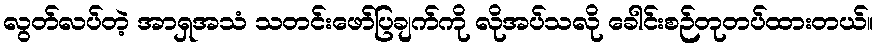
လွတ်လပ်တဲ့ အာရှအသံ သတင်းဖော်ပြချက်ကို လိုအပ်သလို ခေါင်းစဉ်တုတပ်ထားတယ်။